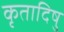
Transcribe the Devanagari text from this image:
कृतादिषु